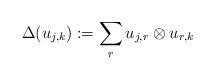
LaTeX: \begin{align*}\Delta(u_{j,k}):=\sum_ru_{j,r}\otimes u_{r,k}\end{align*}